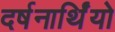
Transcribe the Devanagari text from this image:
दर्षनार्थिंयो